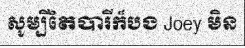
សូម្បីតែបារីក៏បង Joey មិន